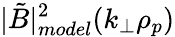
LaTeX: |\tilde{B}|_{model}^{2}(k_{\perp}\rho_{p})